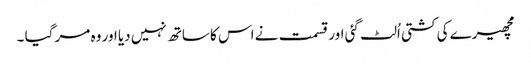
مچھیرے کی کشتی اُلٹ گئی اور قسمت نے اس کا ساتھ نہیں دیا اور وہ مر گیا ۔